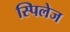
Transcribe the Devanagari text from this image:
स्पिलेज